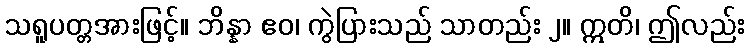
သရူပတ္တအားဖြင့်။ ဘိန္နာ ဧဝ၊ ကွဲပြားသည် သာတည်း ၂။ ဣတိ၊ ဤလည်း